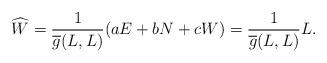
LaTeX: \begin{align*} \widehat{W}=\frac{1}{\overline{g}(L,L)}(aE+bN+cW)=\frac{1}{\overline{g}(L,L)}L.\end{align*}